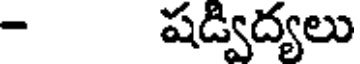
- షడ్విద్యలు